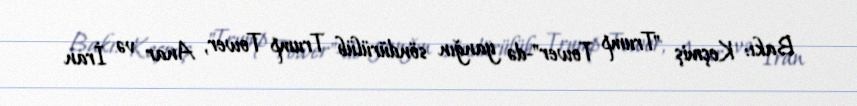
Bakı: Keçmiş "Trump Tower"-də yanğın söndürülüb Trump Tower, Anar və İran